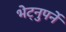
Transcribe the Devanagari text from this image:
भेट्नुपर्ने